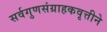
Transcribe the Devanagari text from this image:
सर्वगुणसंग्राहकवृत्तीने